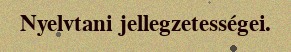
Nyelvtani jellegzetességei.